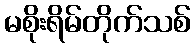
မစိုးရိမ်တိုက်သစ်